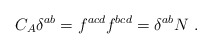
\begin{align*}C_A \delta^{ab} = f^{acd}f^{bcd}= \delta^{ab} N \ .\end{align*}